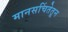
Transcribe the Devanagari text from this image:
मानसचिंतेतून